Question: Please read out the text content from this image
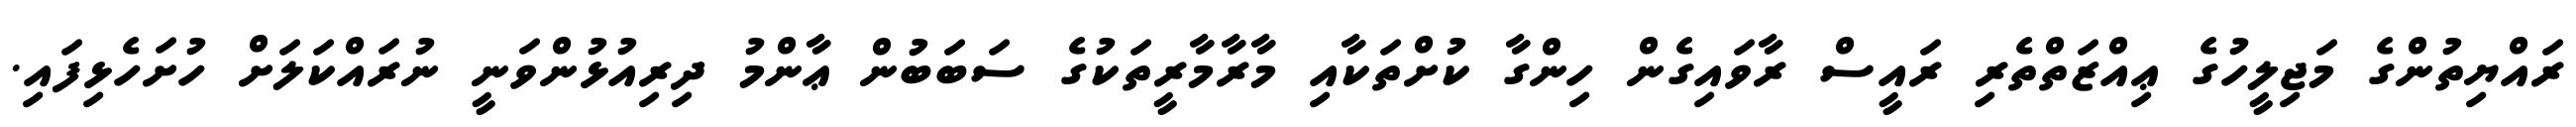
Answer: ރައްޔިތުންގެ މަޖިލީހުގެ ޢިއްޒަތްތެރި ރައީސް ރާވައިގެން ހިންގާ ކުށްތަކާއި މާރާމާރީތަކުގެ ސަބަބުން ޢާންމު ދިރިއުޅުންވަނީ ނުރައްކަލަށް ހުށަހެޅިފައި.